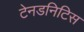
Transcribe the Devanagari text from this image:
टेनडनिटिस